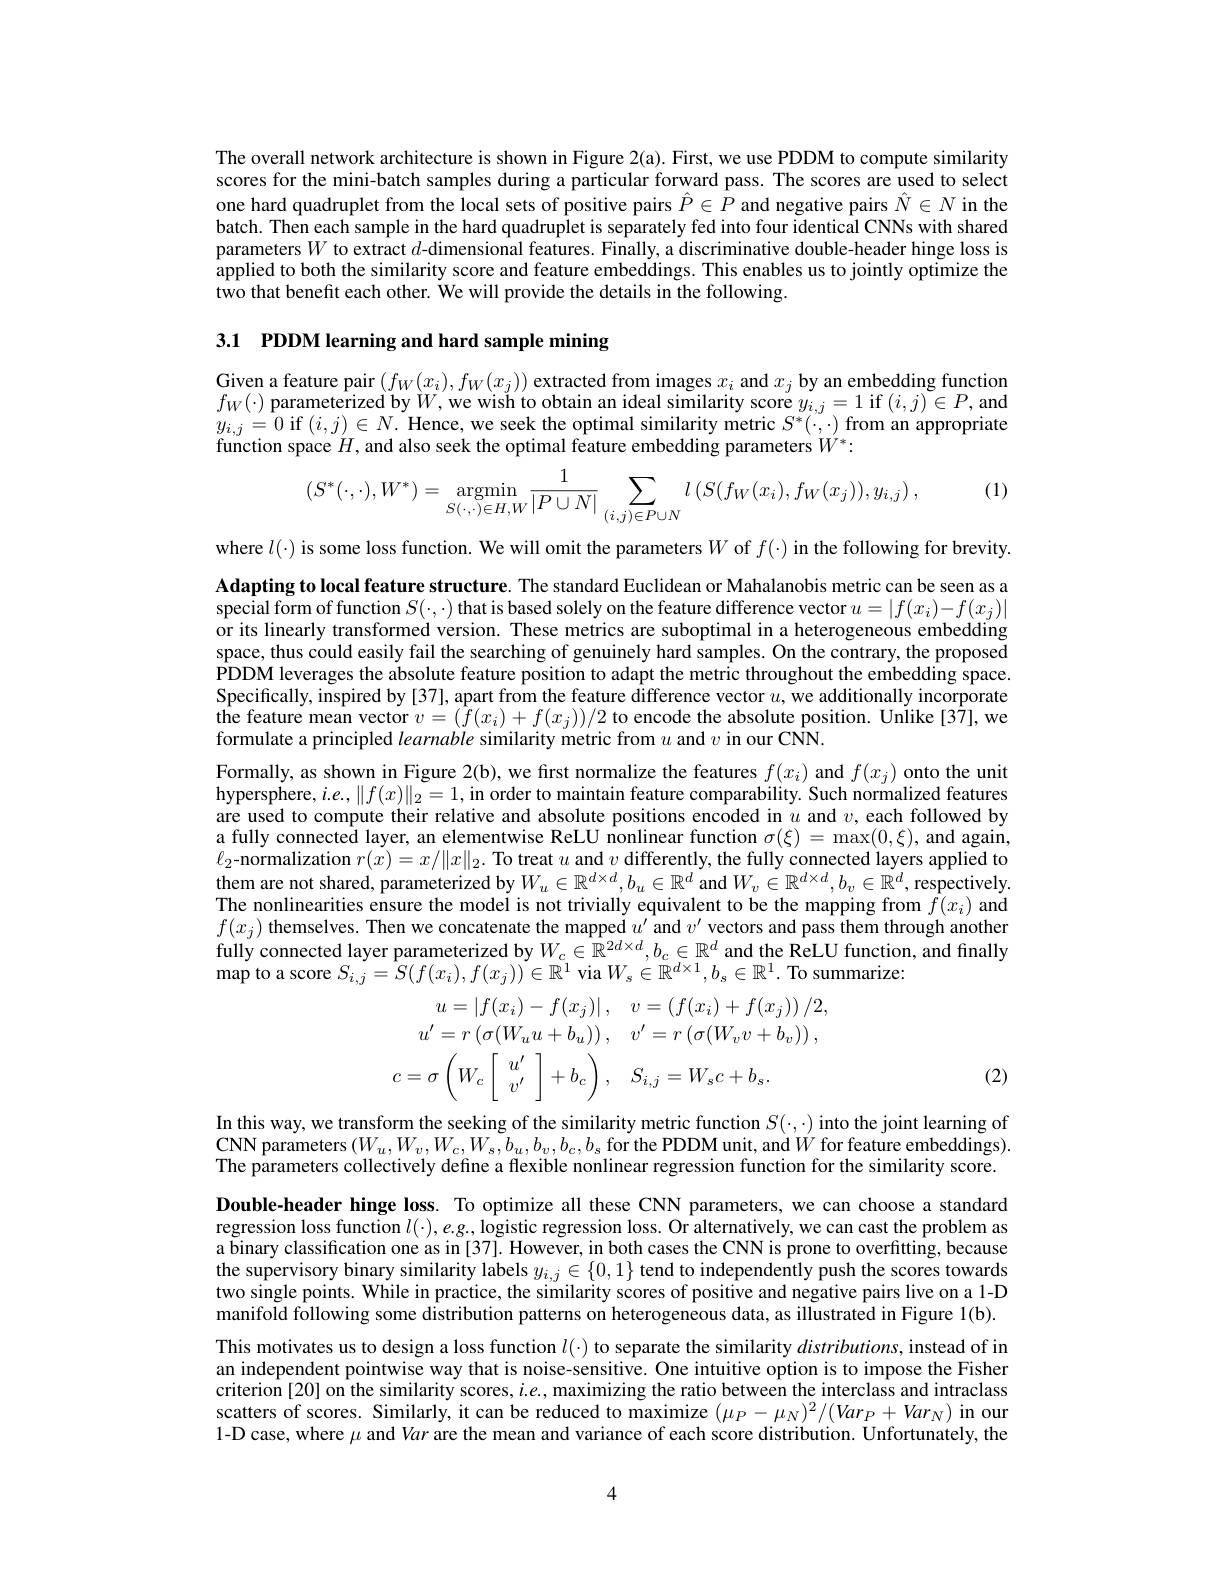
The overall network architecture is shown in Figure 2(a). First, we use PDDM to compute similarity scores for the mini-batch samples during a particular forward pass. The scores are used to select one hard quadruplet from the local sets of positive pairs $\hat{P}\in\hat{P}$ and negative pairs $\hat{N}\in N$ in the batch. Then each sample in the hard quadruplet is separately fed into four identical CNNs with shared parameters $W$ to extract $d$-dimensional features. Finally, a discriminative double-header hinge loss is applied to both the similarity score and feature embeddings. This enables us to jointly optimize the two that benefit each other. We will provide the details in the following.

3.1 PDDM learning and hard sample mining

Given a feature pair $(f_W(x_i),f_W(x_j))$ extracted from images $x_i$ and $x_j$ by an embedding function $f_{W}(\cdot)$ parameterized by $W$,we wish to obtain an ideal similarity score $y_i,j=1$ if $(i,j)\in P$,and $y_{i,j}=0$ if $(i,j)\in N.$ Hence, we seek the optimal similarity metric $S^*(\cdot,\cdot)$ from an appropriate function space $H$, and also seek the optimal feature embedding parameters $W^*:$

(1)
$$(S^*(\cdot,\cdot),W^*)=\underset{S(\cdot,\cdot)\in H,W}{\text{argmin}}\frac{1}{|P\cup N|}\sum_{(i,j)\in P\cup N}l\left(S(f_W(x_i),f_W(x_j)),y_{i,j}\right),$$
where $l(\cdot)$ is some loss function. We will omit the parameters $W$ of $f(\cdot)$ in the following for brevity.

Adapting to local feature structure. The standard Euclidean or Mahalanobis metric can be seen as a special form of function $S(\cdot,\cdot)$ that is based solely on the feature difference vector $u=|f(x_i)-f(x_j)|$ or its linearly transformed version. These metrics are suboptimal in a heterogeneous embedding space, thus could easily fail the searching of genuinely hard samples. On the contrary, the proposed PDDM leverages the absolute feature position to adapt the metric throughout the embedding space. Specifically, inspired by [37], apart from the feature difference vector $u$, we additionally incorporate $\hat{\text{the feature mean vector }v}=(\hat{f}(x_{i})+f(x_{j}))/2$ to encode the absolute position. Unlike[37],we formulate a principled learnable similarity metric from $u$ and $v$ in our CNN.

Formally, as shown in Figure 2(b), we first normalize the features $f(x_i)$ and $f(x_j)$ onto the unit hypersphere, $i.e.,\|f(x)\|_2=1$, in order to maintain feature comparability. Such normalized features are used to compute their relative and absolute positions encoded in $u$ and $v$,each followed by a fully connected layer, an elementwise ReLU nonlinear function $\sigma(\xi)=\max(0,\xi)$, and again, $\ell_2$-normalization $r(\dot{x})=x/\|x\|_2.$ To treat $u$ and $v$ differently, the fully connected layers applied to them are not shared, parameterized by$W_u\in\mathbb{R}^{d\times d},b_u\in\mathbb{R}^d$ and $W_v\in\mathbb{R}^d\times d,b_v\in\mathbb{R}^d$, respectively. The nonlinearities ensure the model is not trivially equivalent to be the mapping from $\tilde{f}(x_i)$ and $f(x_j)$ themselves. Then we concatenate the mapped $u^\prime$ and $v^{\prime}$ vectors and pass them through another fully connected layer parameterized by $W_c\in\mathbb{R}^{2d\times d},b_c\in\mathbb{R}^d$ and the ReLU function, and fnally ${\mathrm{map~to~a~score~}S_{i,j}=S(f(x_{i}),f(x_{j}))\in\mathbb{R}^{1}}$ via$W_s\in\mathbb{R}^d\times1,b_s\in\mathbb{R}^1.$ To summarize:
$$\left.\begin{aligned}&u=\left|f(x_{i})-f(x_{j})\right|,\quad v=\left(f(x_{i})+f(x_{j})\right)/2,\\&u^{\prime}=r\left(\sigma(W_{u}u+b_{u})\right),\quad v^{\prime}=r\left(\sigma(W_{v}v+b_{v})\right),\\&c=\sigma\left(W_{c}\left[\begin{array}{c}u^{\prime}\\v^{\prime}\end{array}\right.\right]+b_{CD},\quad S_{i,j}=W_{s}c+b_{s}.\\&\begin{array}{cccccccccccccccccccccccccccccccccccccccccccccccccccccccccccccccccccccccccccccccccccccccccccccccccccccccccccccccccccccccccccccccccccccccccccccccccccccccccccccccccccccccccccccccccccccccccccccccccccccccccccccccccccccccccccccccccccccccccccccccccccccccccccccccccccccccccccccccccccccccccccccccccccccccccccccccccccccccccccccccccccccccccccccccccccccccccccccccccccccccccccccccccccccccccccccccccccccccccccccccccccccccccccccccccccccccccccccccccccccccccccccccccccccccccccccccccccccccccccccccccccccccccccccccccccccccccccccccccccccccccccccccccccccccccccccccccccccccccccccccccccccccccccccccccccccccccccccccccccccccccccccccccccccccccccccccccccccccccccccccccccccccccccccccccccccccccccccccccccccccccccccccccccccccccccccccccccccccccccccccccccccccccccccccccccccccccccccccccccccccccccccccccccccccccccccccccccccccccccccccccccccccccccccccccccccccccccccccccccccccccccc$$
(2)

In this way, we transform the seeking of the similarity metric function $S(\cdot,\cdot)$ into the joint learning of $\mathbf{CNN}$ parameters $(W_u,W_v,W_c,W_s,b_u,b_v,b_c,b_s$ for the PDDM unit, and $W$ for feature embeddings). The parameters collectively define a flexible nonlinear regression function for the similarity score. Double-header hinge loss. To optimize all these CNN parameters, we can choose a standard regression loss function $l(\cdot),e.g.$, logistic regression loss. Or alternatively, we can cast the problem as a binary classification one as in [37]. However, in both cases the CNN is prone to overfitting, because the supervisory binary similarity labels $y_i,j\in\{0,1\}$ tend to independently push the scores towards two single points. While in practice, the similarity scores of positive and negative pairs live on a 1-D manifold following some distribution patterns on heterogeneous data, as illustrated in Figure 1(b). This motivates us to design a loss function $l(\cdot)$ to separate the similarity $distributions$, instead of in an independent pointwise way that is noise-sensitive. One intuitive option is to impose the Fisher criterion [20] on the similarity scores, $i.e.$, maximizing the ratio between the interclass and intraclass scatters of scores. Similarly, it can be reduced to maximize $(\mu_P-\mu_N)^2/(Var_P+Var_N)$ in our 1-D case, where $\mu$ and Var are the mean and variance of each score distribution. Unfortunately, the

4